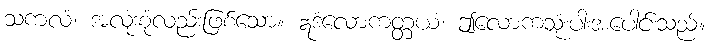
သကလံ၊ အလုံးစုံလည်းဖြစ်သော။ ဣဒံလောကတ္တယံ၊ ဤလောကသုံးပါးအပေါင်းသည်။